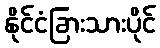
နိုင်ငံခြားသားပိုင်